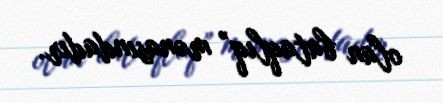
olan bataqlıq” mənasındadır.